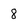
Character: 8